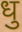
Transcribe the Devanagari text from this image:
धु